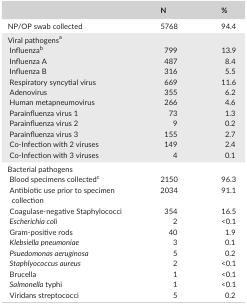
|  | N | % |
 | --- | --- | --- |
 | NP/OP swab collected | 5768 | 94.4 |
 | <COLSPAN=3> Viral pathogensa |
 | Influenzab | 799 | 13.9 |
 | Influenza A | 487 | 8.4 |
 | Influenza B | 316 | 5.5 |
 | Respiratory syncytial virus | 669 | 11.6 |
 | Adenovirus | 355 | 6.2 |
 | Human metapneumovirus | 266 | 4.6 |
 | Parainfluenza virus 1 | 73 | 1.3 |
 | Parainfluenza virus 2 | 9 | 0.2 |
 | Parainfluenza virus 3 | 155 | 2.7 |
 | Co‐Infection with 2 viruses | 149 | 2.4 |
 | Co‐Infection with 3 viruses | 4 | 0.1 |
 | <COLSPAN=3> Bacterial pathogens |
 | Blood specimens collectedc | 2150 | 96.3 |
 | Antibiotic use prior to specimen collection | 2034 | 91.1 |
 | Coagulase‐negative Staphylococci | 354 | 16.5 |
 | Escherichia coli | 2 | <0.1 |
 | Gram‐positive rods | 40 | 1.9 |
 | Klebsiella pneumoniae | 3 | 0.1 |
 | Psuedomonas aeruginosa | 5 | 0.2 |
 | Staphlyococcus aureus | 2 | <0.1 |
 | Brucella | 1 | <0.1 |
 | Salmonella typhi | 1 | <0.1 |
 | Viridans streptococci | 5 | 0.2 |